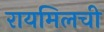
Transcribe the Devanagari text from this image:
रायमिलची